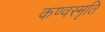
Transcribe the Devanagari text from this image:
कण्वस्मृति